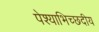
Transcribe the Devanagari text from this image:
पेश्याभिच्छदीय